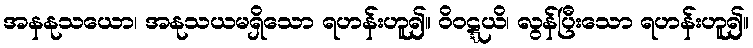
အနနုသယော၊ အနုသယမရှိသော ရဟန်းဟူ၍။ ဝိဝဋ္ဋယိ၊ လွန်ပြီးသော ရဟန်းဟူ၍။